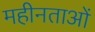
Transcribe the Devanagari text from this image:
महीनताओं